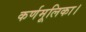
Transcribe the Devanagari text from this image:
कर्णमूलिका।